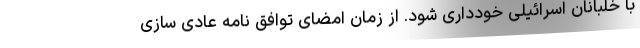
با خلبانان اسرائیلی خودداری شود. از زمان امضای توافق نامه عادی سازی